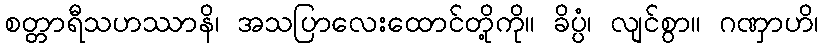
စတ္တာရီသဟဿာနိ၊ အသပြာလေးထောင်တို့ကို။ ခိပ္ပံ၊ လျင်စွာ။ ဂဏှာဟိ၊